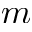
m